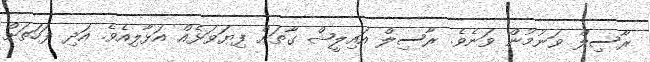
ރާސިލް ވަނުމުން ވަނެވެ. ރާސިލް އައިލީޝް ގާތަށް ފިޔަވަޅެއް އަޅާލިއެވެ. އަދި ފަހަތަށް